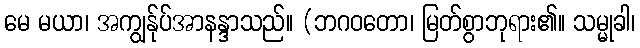
မေ မယာ၊ အကျွန်ုပ်အာနန္ဒာသည်။ (ဘဂဝတော၊ မြတ်စွာဘုရား၏။ သမ္မုခါ၊